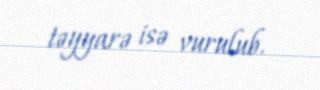
təyyarə isə vurulub.